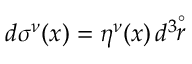
d \sigma ^ { \nu } ( x ) = \eta ^ { \nu } ( x ) \, d ^ { 3 } \! \! \stackrel { \circ } { r }